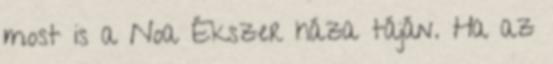
most is a Noa Ékszer háza táján. Ha az